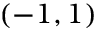
( - 1 , 1 )